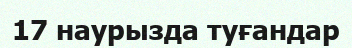
17 наурызда туғандар